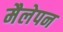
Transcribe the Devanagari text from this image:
मैलेपन